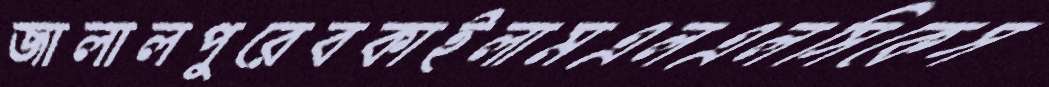
জালালপুরেবকাইলামএলএলসিকেস